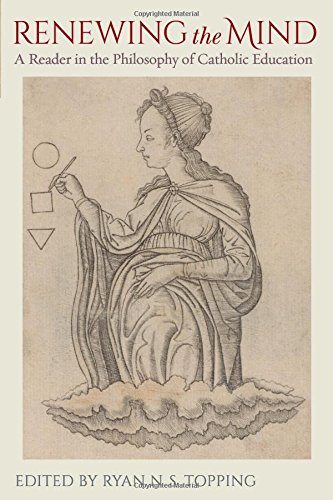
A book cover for Renewing the Mind: A Reader in the Philosophy of Catholic Education; Religion & Spirituality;